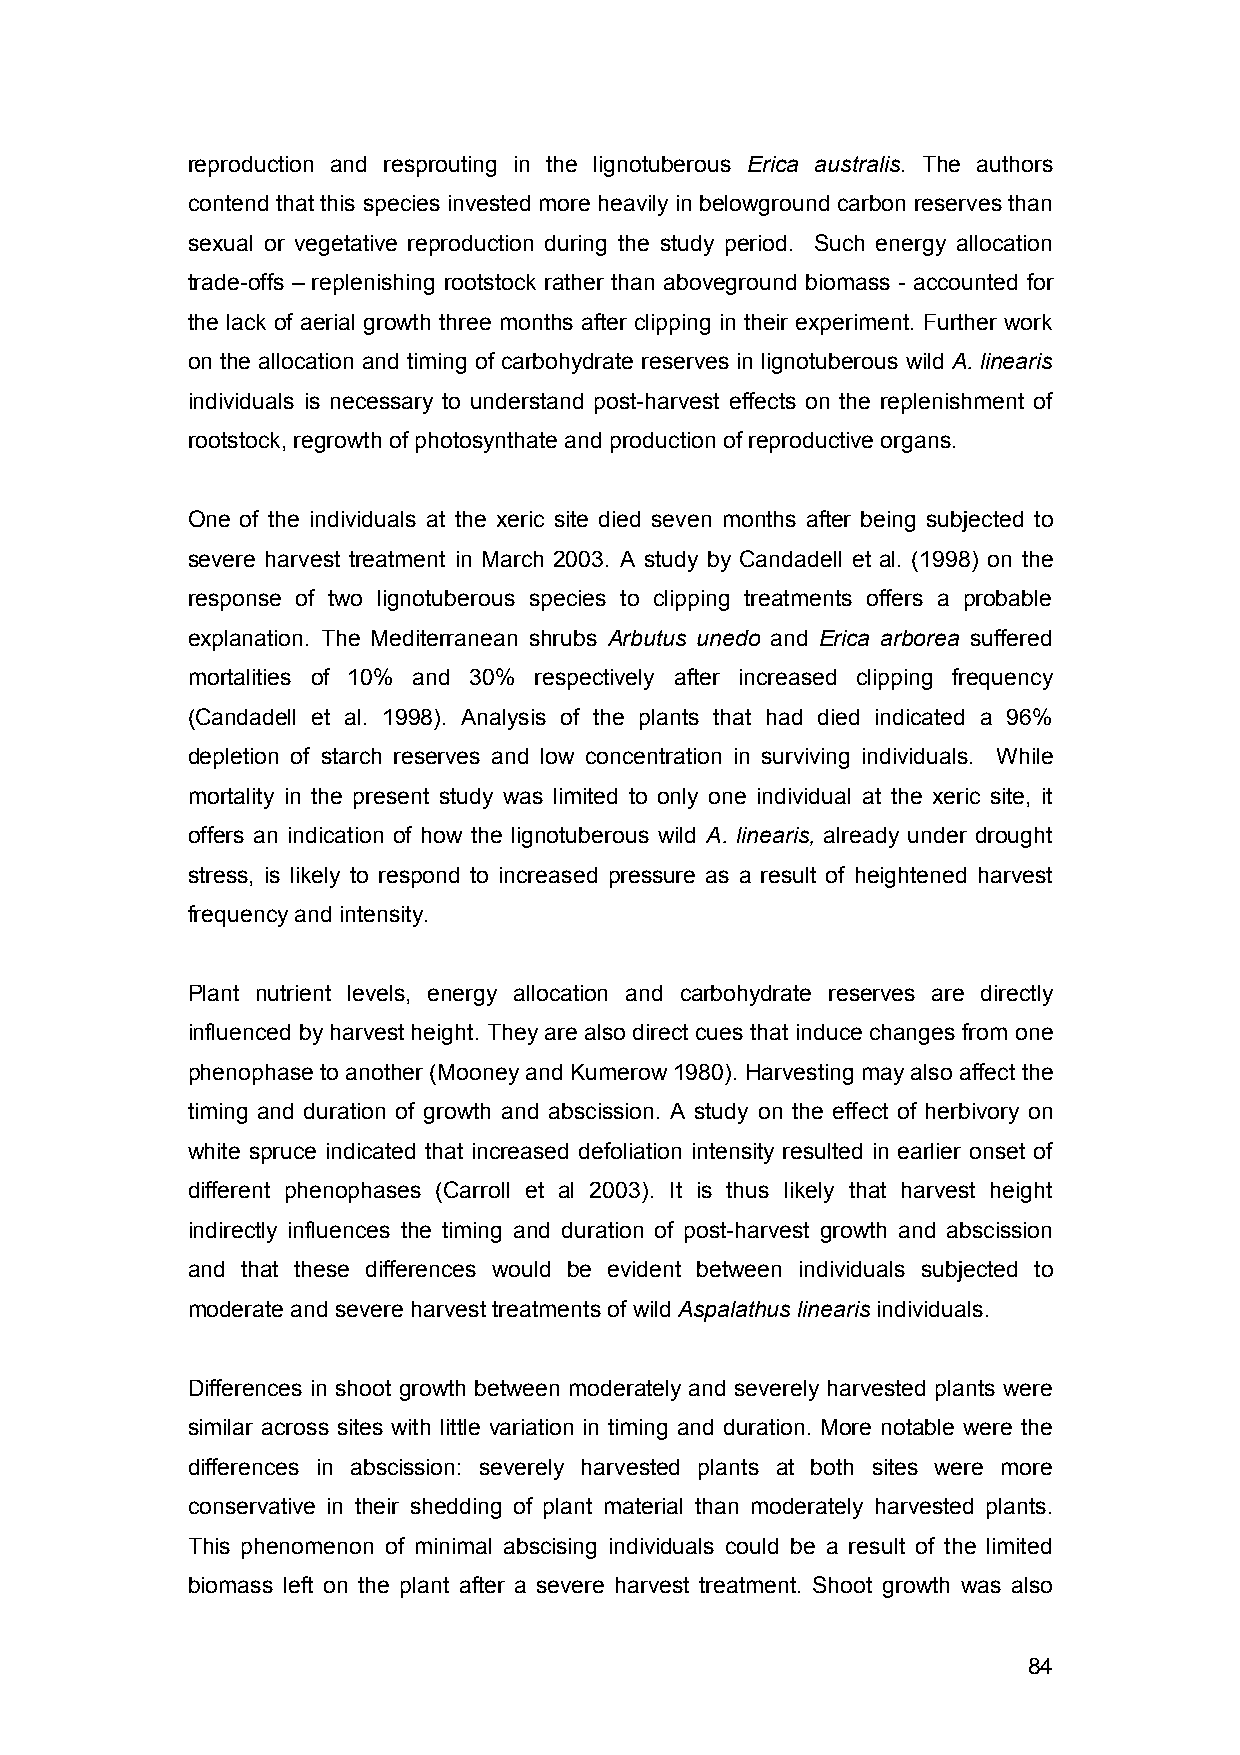
reproduction and resprouting in the lignotuberous Erica australis. The authors
 contend that this species invested more heavily in belowground carbon reserves than
 sexual or vegetative reproduction during the study period. Such energy allocation
 trade-offs – replenishing rootstock rather than aboveground biomass - accounted for
 the lack of aerial growth three months after clipping in their experiment. Further work
 on the allocation and timing of carbohydrate reserves in lignotuberous wild A. linearis
 individuals is necessary to understand post-harvest effects on the replenishment of
 rootstock, regrowth of photosynthate and production of reproductive organs.
 One of the individuals at the xeric site died seven months after being subjected to
 severe harvest treatment in March 2003. A study by Candadell et al. (1998) on the
 response of two lignotuberous species to clipping treatments offers a probable
 explanation. The Mediterranean shrubs Arbutus unedo and Erica arborea suffered
 mortalities of 10% and 30% respectively after increased clipping frequency
 (Candadell et al. 1998). Analysis of the plants that had died indicated a 96%
 depletion of starch reserves and low concentration in surviving individuals. While
 mortality in the present study was limited to only one individual at the xeric site, it
 offers an indication of how the lignotuberous wild A. linearis, already under drought
 stress, is likely to respond to increased pressure as a result of heightened harvest
 frequency and intensity.
 Plant nutrient levels, energy allocation and carbohydrate reserves are directly
 influenced by harvest height. They are also direct cues that induce changes from one
 phenophase to another (Mooney and Kumerow 1980). Harvesting may also affect the
 timing and duration of growth and abscission. A study on the effect of herbivory on
 white spruce indicated that increased defoliation intensity resulted in earlier onset of
 different phenophases (Carroll et al 2003). It is thus likely that harvest height
 indirectly influences the timing and duration of post-harvest growth and abscission
 and that these differences would be evident between individuals subjected to
 moderate and severe harvest treatments of wild Aspalathus linearis individuals.
 Differences in shoot growth between moderately and severely harvested plants were
 similar across sites with little variation in timing and duration. More notable were the
 differences in abscission: severely harvested plants at both sites were more
 conservative in their shedding of plant material than moderately harvested plants.
 This phenomenon of minimal abscising individuals could be a result of the limited
 biomass left on the plant after a severe harvest treatment. Shoot growth was also
 84